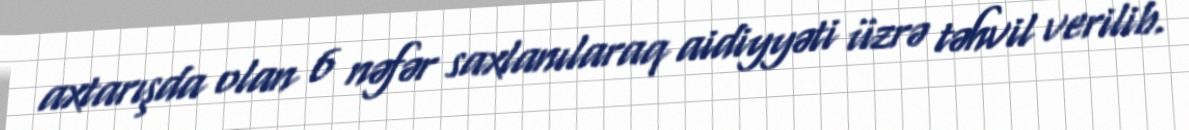
axtarışda olan 6 nəfər saxlanılaraq aidiyyəti üzrə təhvil verilib.